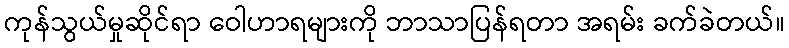
ကုန်သွယ်မှုဆိုင်ရာ ဝေါဟာရများကို ဘာသာပြန်ရတာ အရမ်း ခက်ခဲတယ်။